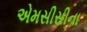
એમસીસીના